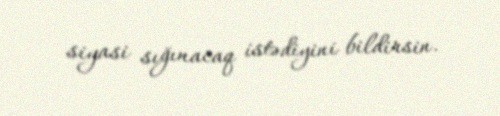
siyasi sığınacaq istədiyini bildirsin.